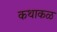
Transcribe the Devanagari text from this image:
कथाकळ